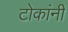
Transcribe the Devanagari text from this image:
टोकांनी